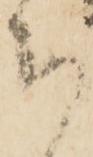
ち